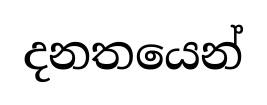
දනතයෙන්